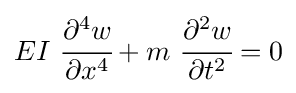
EI~{\cfrac {\partial ^{4}w}{\partial x^{4}}}+m~{\cfrac {\partial ^{2}w}{\partial t^{2}}}=0